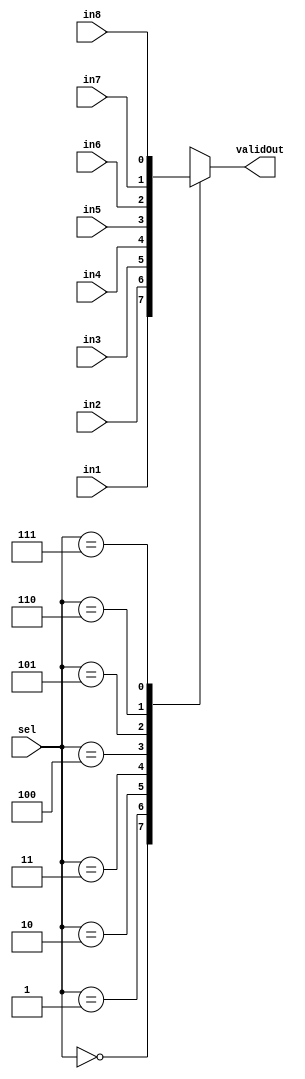
module mux8to1_1b(input in1, input in2, input in3, input in4, input in5, input in6, input in7, input in8,input[2:0] sel,output reg validOut);
  always@(in1,in2,in3,in4,in5,in6,in7,in8,sel)
  case(sel)
    3'b000: validOut=in1;
    3'b001: validOut=in2;
    3'b010: validOut=in3;
    3'b011: validOut=in4;
    3'b100: validOut=in5;
    3'b101: validOut=in6;
    3'b110: validOut=in7;
    3'b111: validOut=in8;
  endcase
endmodule